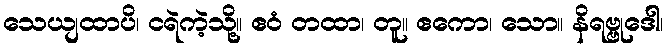
သေယျထာပိ၊ ငရဲကဲ့သို့။ ဧဝံ တထာ၊ တူ။ ဧကော၊ သော။ နိရဗ္ဗုဒေါ၊